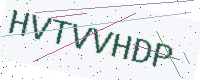
Text: HVTVVHDP